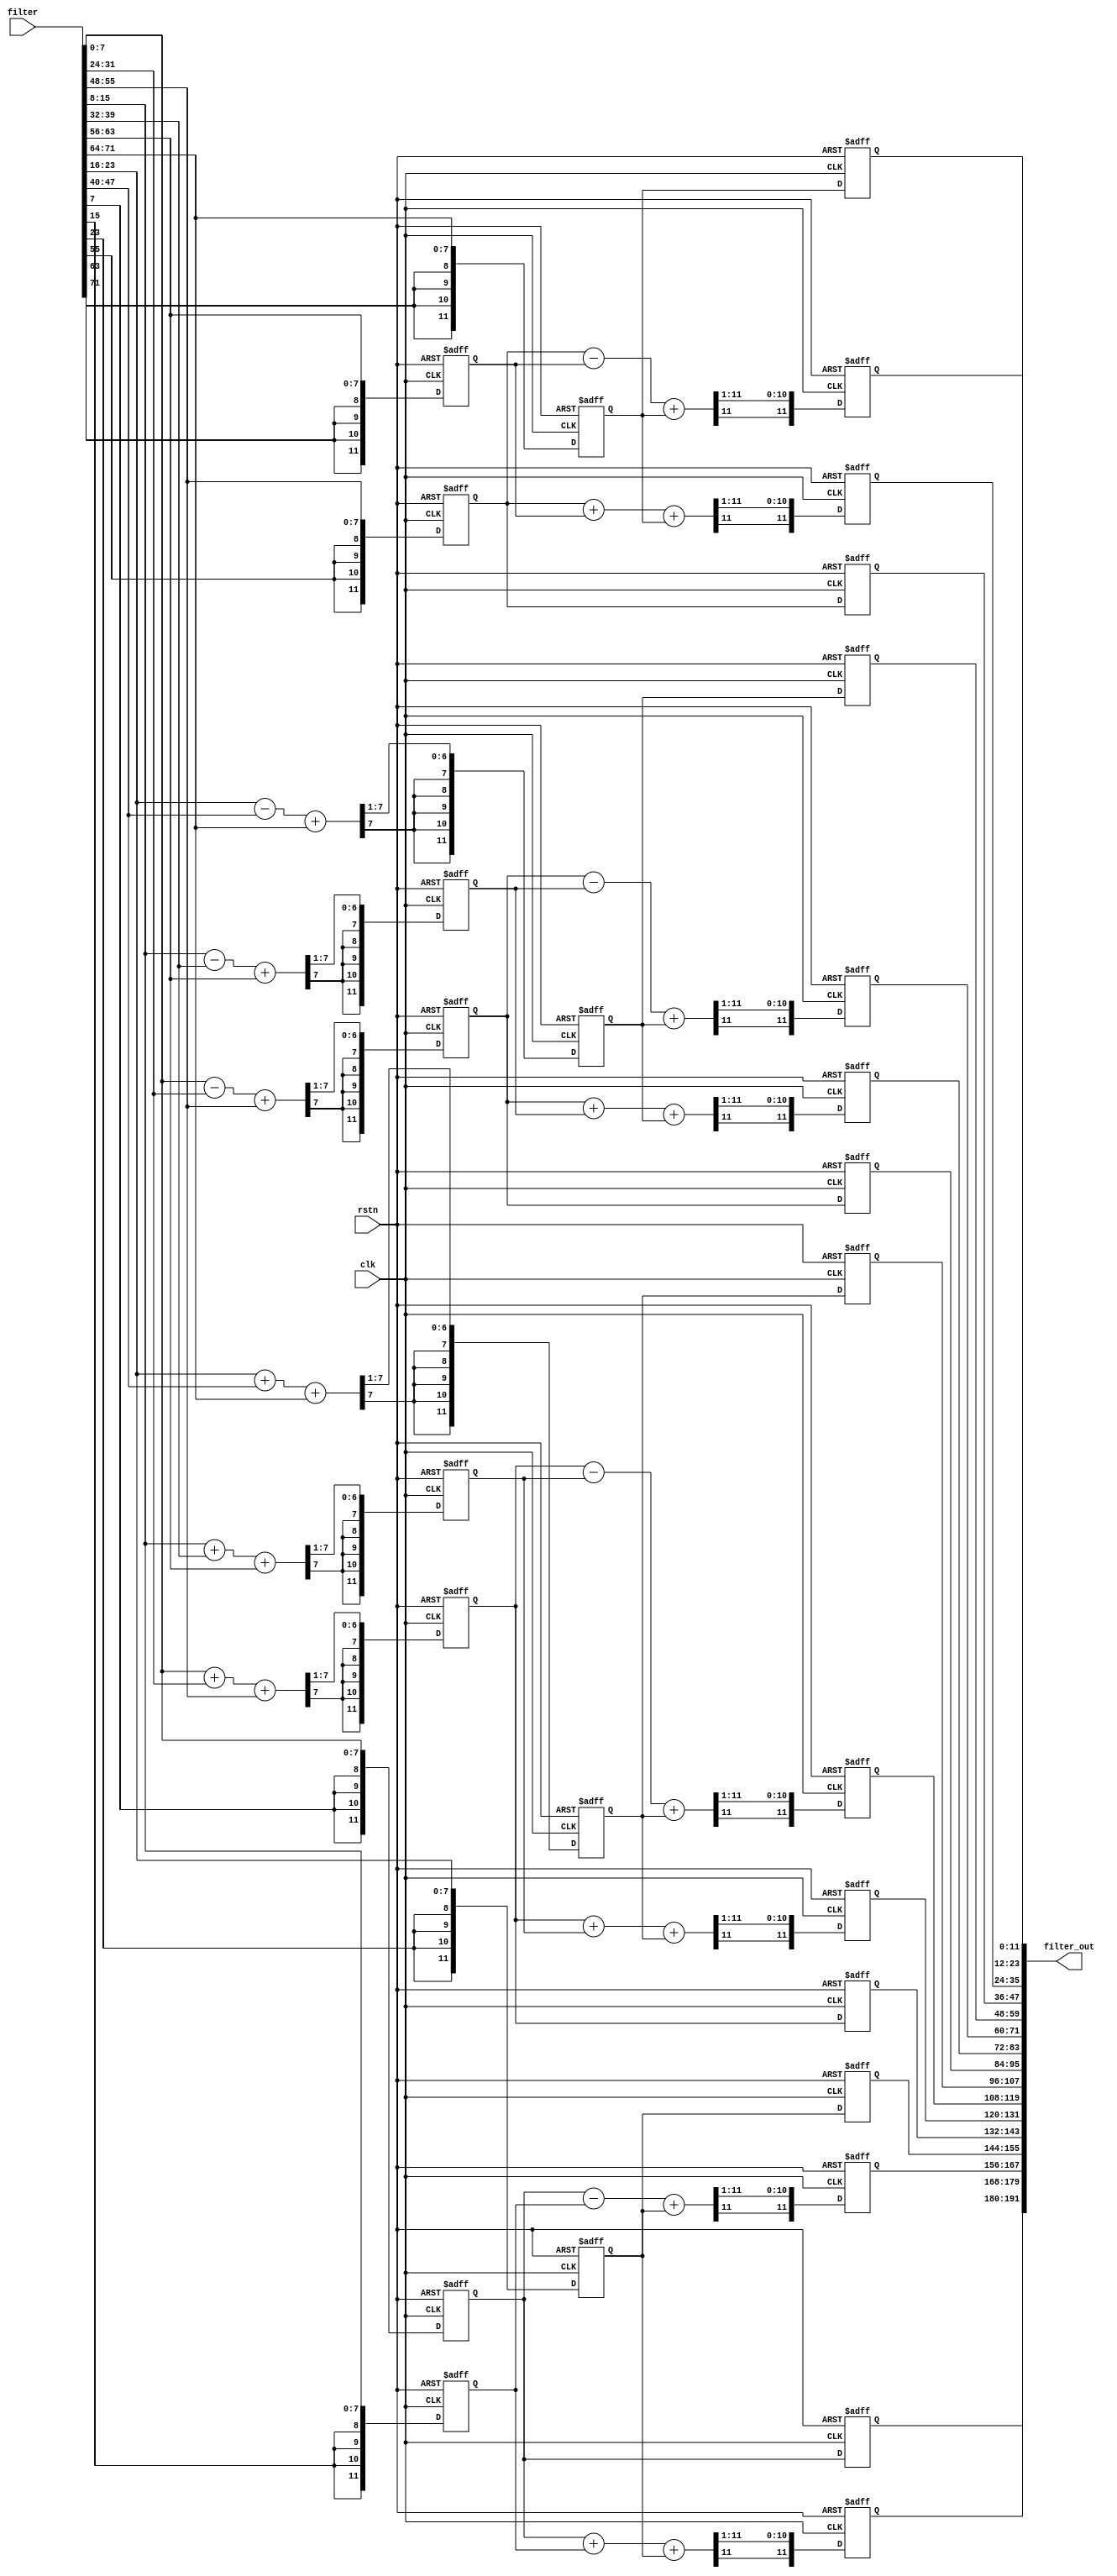
`timescale 1ns / 1ps

//for the fixed G(4x3)
module wino_filter_transform #(parameter WI=8, parameter WO = 12)(
    input clk,
    input rstn,
    input  [ 9*WI-1:0] filter,
    output [16*WO-1:0] filter_out
);

//reg [12*WO-1:0] Gg;
reg [WO-1:0] Gg_00;
reg [WO-1:0] Gg_01;
reg [WO-1:0] Gg_02;
reg [WO-1:0] Gg_03;
reg [WO-1:0] Gg_04;
reg [WO-1:0] Gg_05;
reg [WO-1:0] Gg_06;
reg [WO-1:0] Gg_07;
reg [WO-1:0] Gg_08;
reg [WO-1:0] Gg_09;
reg [WO-1:0] Gg_10;
reg [WO-1:0] Gg_11;

//reg [16*WO-1:0] filter_transformed;
reg [WO-1:0] GgGt_00;
reg [WO-1:0] GgGt_01;
reg [WO-1:0] GgGt_02;
reg [WO-1:0] GgGt_03;
reg [WO-1:0] GgGt_04;
reg [WO-1:0] GgGt_05;
reg [WO-1:0] GgGt_06;
reg [WO-1:0] GgGt_07;
reg [WO-1:0] GgGt_08;
reg [WO-1:0] GgGt_09;
reg [WO-1:0] GgGt_10;
reg [WO-1:0] GgGt_11;
reg [WO-1:0] GgGt_12;
reg [WO-1:0] GgGt_13;
reg [WO-1:0] GgGt_14;
reg [WO-1:0] GgGt_15;


wire [16*WO-1:0] filter_transformed;


//reg initialization
always@(posedge clk, negedge rstn) begin
    if(!rstn) begin 
        Gg_00 <= 0;
        Gg_01 <= 0;
        Gg_02 <= 0;
        Gg_03 <= 0;
        Gg_04 <= 0;
        Gg_05 <= 0;
        Gg_06 <= 0;
        Gg_07 <= 0;
        Gg_08 <= 0;
        Gg_09 <= 0;
        Gg_10 <= 0;
        Gg_11 <= 0;

        GgGt_00 <= 0;
        GgGt_01 <= 0;
        GgGt_02 <= 0;
        GgGt_03 <= 0;
        GgGt_04 <= 0;
        GgGt_05 <= 0;
        GgGt_06 <= 0;
        GgGt_07 <= 0;
        GgGt_08 <= 0;
        GgGt_09 <= 0;
        GgGt_10 <= 0;
        GgGt_11 <= 0;
        GgGt_12 <= 0;
        GgGt_13 <= 0;
        GgGt_14 <= 0;
        GgGt_15 <= 0;

    end    
    else begin
		// ------------------------------------------------------------
		// Stage 1: Compute G *g 
		// ------------------------------------------------------------
        Gg_00 <= $signed(filter[0*WI +: WI]);
        Gg_01 <= $signed(filter[1*WI +: WI]);
        Gg_02 <= $signed(filter[2*WI +: WI]);

        Gg_03 <= $signed($signed(($signed(filter[0*WI +: WI]) + $signed(filter[3*WI +: WI]) + $signed(filter[6*WI +: WI]))) >>> 1) ;
        Gg_04 <= $signed($signed(($signed(filter[1*WI +: WI]) + $signed(filter[4*WI +: WI]) + $signed(filter[7*WI +: WI]))) >>> 1) ;
        Gg_05 <= $signed($signed(($signed(filter[2*WI +: WI]) + $signed(filter[5*WI +: WI]) + $signed(filter[8*WI +: WI]))) >>> 1) ;

        Gg_06 <= $signed($signed(($signed(filter[0*WI +: WI]) - $signed(filter[3*WI +: WI]) + $signed(filter[6*WI +: WI]))) >>> 1) ;
        Gg_07 <= $signed($signed(($signed(filter[1*WI +: WI]) - $signed(filter[4*WI +: WI]) + $signed(filter[7*WI +: WI]))) >>> 1) ;
        Gg_08 <= $signed($signed(($signed(filter[2*WI +: WI]) - $signed(filter[5*WI +: WI]) + $signed(filter[8*WI +: WI]))) >>> 1) ;

        Gg_09 <= $signed(filter[6*WI +: WI]);
        Gg_10 <= $signed(filter[7*WI +: WI]);
        Gg_11 <= $signed(filter[8*WI +: WI]);

		// ------------------------------------------------------------
        // Stage 2: Compute (G*g) * G'
		// ------------------------------------------------------------
        GgGt_00<=  $signed(Gg_00);
        GgGt_01<=  $signed($signed(($signed(Gg_00) + $signed(Gg_01) + $signed(Gg_02))) >>> 1) ;
        GgGt_02<=  $signed($signed(($signed(Gg_00) - $signed(Gg_01) + $signed(Gg_02))) >>> 1) ;
        GgGt_03<=  $signed(Gg_02);

        GgGt_04<=  $signed(Gg_03);
        GgGt_05<=  $signed($signed(($signed(Gg_03) + $signed(Gg_04) + $signed(Gg_05))) >>> 1) ;
        GgGt_06<=  $signed($signed(($signed(Gg_03) - $signed(Gg_04) + $signed(Gg_05))) >>> 1) ;
        GgGt_07<=  $signed(Gg_05);

        GgGt_08 <=  $signed(Gg_06);
        GgGt_09 <=  $signed($signed(($signed(Gg_06) + $signed(Gg_07) + $signed(Gg_08))) >>> 1) ;
        GgGt_10 <=  $signed($signed(($signed(Gg_06) - $signed(Gg_07) + $signed(Gg_08))) >>> 1) ;
        GgGt_11 <=  $signed(Gg_08);

        GgGt_12 <=  $signed(Gg_09);
        GgGt_13 <=  $signed($signed(($signed(Gg_09) + $signed(Gg_10) + $signed(Gg_11))) >>> 1) ;
        GgGt_14 <=  $signed($signed(($signed(Gg_09) - $signed(Gg_10) + $signed(Gg_11))) >>> 1) ;
        GgGt_15 <=  $signed(Gg_11);

    end

end

assign filter_transformed = {GgGt_00, GgGt_01, GgGt_02, GgGt_03, 
							GgGt_04, GgGt_05, GgGt_06,GgGt_07,
							GgGt_08, GgGt_09, GgGt_10, GgGt_11, 
							GgGt_12, GgGt_13, GgGt_14,GgGt_15
							}; 
assign filter_out = filter_transformed;

endmodule